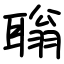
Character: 聬